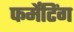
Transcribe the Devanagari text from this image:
फर्मेंटिंग